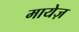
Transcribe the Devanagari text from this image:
मायेज़